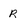
Character: R